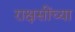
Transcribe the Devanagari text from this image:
राक्षसींच्या